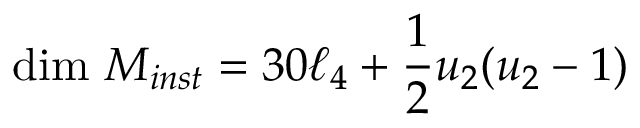
\mathrm { d i m } \ { \cal M } _ { i n s t } = 3 0 \ell _ { 4 } + \frac 1 2 u _ { 2 } ( u _ { 2 } - 1 )